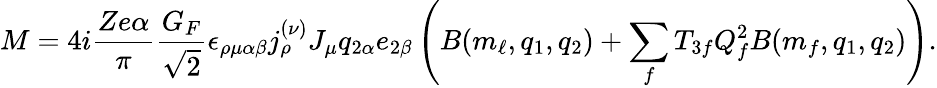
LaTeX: M=4i{\frac{Ze\alpha}{\pi}}{\frac{G_{F}}{\sqrt{2}}}\epsilon_{\rho\mu\alpha\beta}j_{\rho}^{(\nu)}J_{\mu}q_{2\alpha}e_{2\beta}\left(B(m_{\ell},q_{1},q_{2})+\sum_{f}T_{3f}Q_{f}^{2}B(m_{f},q_{1},q_{2})\right).